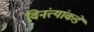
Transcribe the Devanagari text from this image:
विनंत्यांकडे